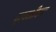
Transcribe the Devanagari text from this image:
द्रवभीषण